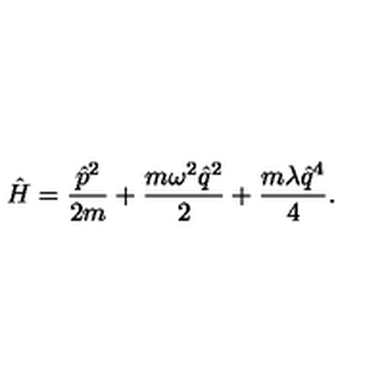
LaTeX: \hat { H } = \frac { \hat { p } ^ { 2 } } { 2 m } + \frac { m \omega ^ { 2 } \hat { q } ^ { 2 } } { 2 } + \frac { m \lambda \hat { q } ^ { 4 } } { 4 } .